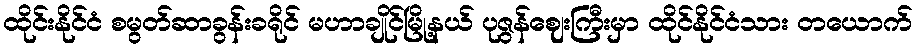
ထိုင်းနိုင်ငံ စမွတ်ဆာခွန်းခရိုင် မဟာချိုင်မြို့နယ် ပုဇွန်ဈေးကြီးမှာ ထိုင်နိုင်ငံသား တယောက်